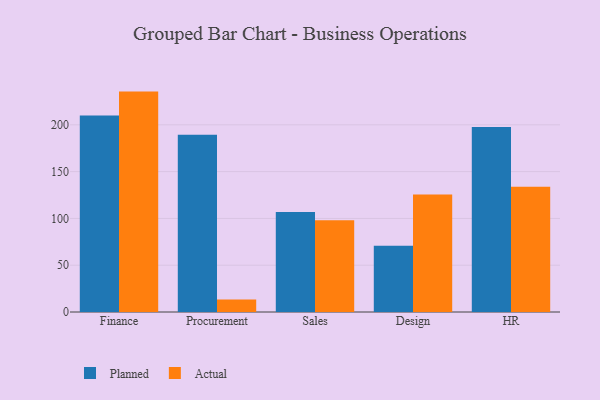
{"axis": {"x": "Department", "y": "Revenue (USD Million)"}, "legend": ["Actual", "Planned"], "data": [{"x": "Finance", "y": 210.0, "type": "Planned"}, {"x": "Finance", "y": 235.5, "type": "Actual"}, {"x": "Procurement", "y": 189.3, "type": "Planned"}, {"x": "Procurement", "y": 13.3, "type": "Actual"}, {"x": "Sales", "y": 106.8, "type": "Planned"}, {"x": "Sales", "y": 98.0, "type": "Actual"}, {"x": "Design", "y": 70.9, "type": "Planned"}, {"x": "Design", "y": 125.5, "type": "Actual"}, {"x": "HR", "y": 197.7, "type": "Planned"}, {"x": "HR", "y": 133.8, "type": "Actual"}]}